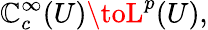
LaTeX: \mathbb{C}_{c}^{\infty}(U)\toL^{p}(U),